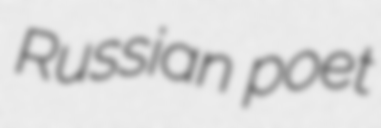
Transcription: Russian poet